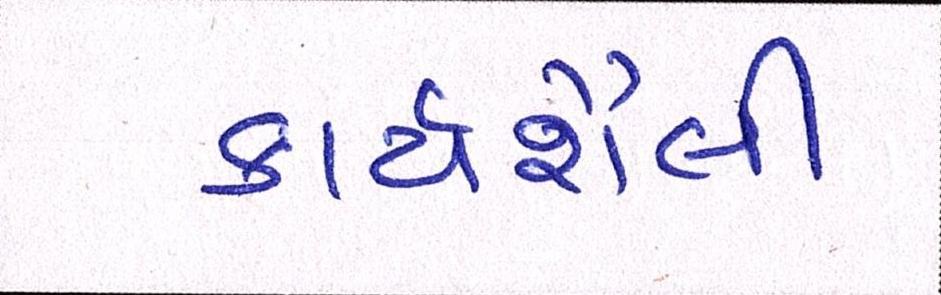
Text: કાર્યશૈલી